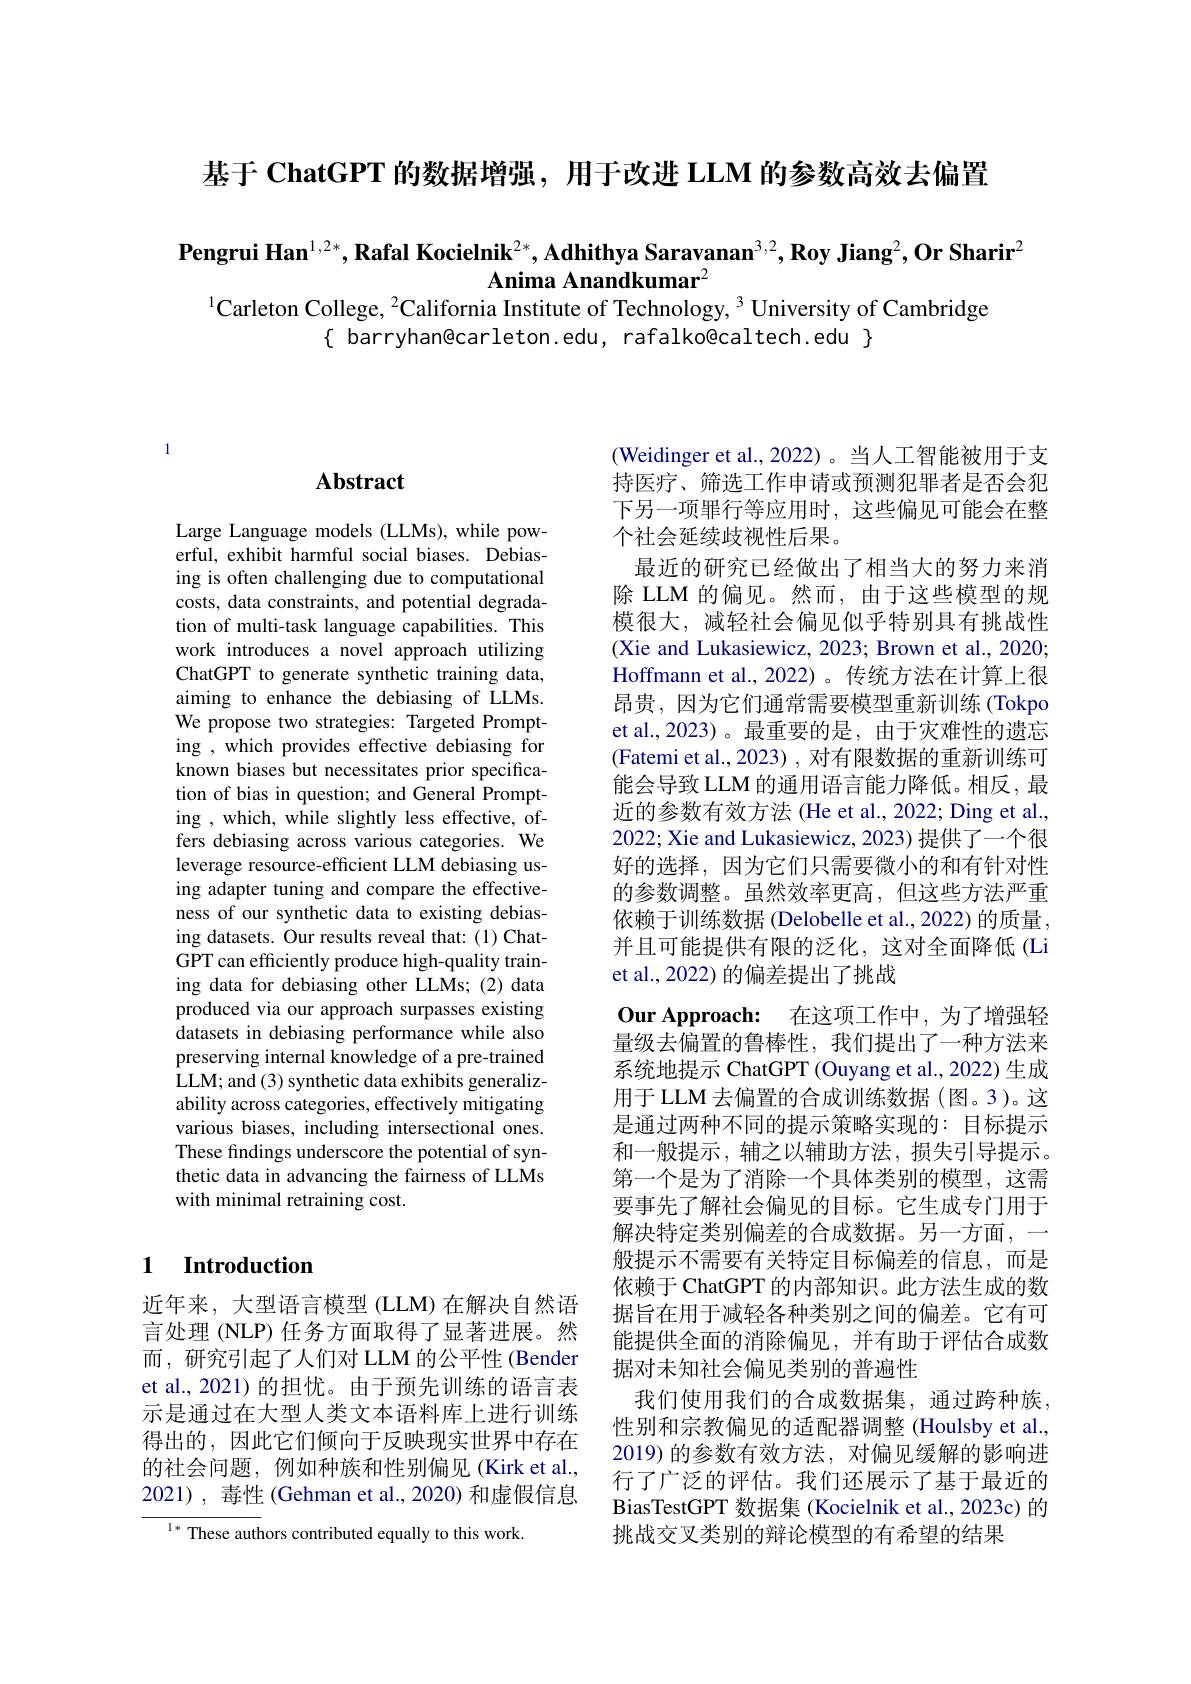
基于 ChatGPT 的数据增强，用于改进 LLM 的参数高效去偏置

Pengrui Han$^1,2*,\textbf{Rafal Kocielnik}^{2*},\textbf{Adhithya Saravanan}^{3,2},\textbf{Roy Jiang}^2,\textbf{Or Sharir}^2$
Anima Anandkumar$^{2}$
$^{1}$Carleton College, $^{2}$California Institute of Technology, $^{3}$ University of Cambridge

$\{$ barryhan@carleton.edu, rafalko@caltech.edu $\}$

### $\mathbf{Abstract}$

Large Language models (LLMs), while powerful, exhibit harmful social biases. Debiasing is often challenging due to computational costs, data constraints, and potential degradation of multi-task language capabilities. This work introduces a novel approach utilizing ChatGPT to generate synthetic training data, aiming to enhance the debiasing of LLMs. We propose two strategies: Targeted Prompting , which provides effective debiasing for known biases but necessitates prior specification of bias in question; and General Prompting , which, while slightly less effective, offers debiasing across various categories. We leverage resource-efficient LLM debiasing using adapter tuning and compare the effectiveness of our synthetic data to existing debiasing datasets. Our results reveal that: (1) ChatGPT can efficiently produce high-quality training data for debiasing other LLMs; (2) data produced via our approach surpasses existing datasets in debiasing performance while also preserving internal knowledge of a pre-trained LLM; and (3) synthetic data exhibits generalizability across categories, effectively mitigating various biases, including intersectional ones. These findings underscore the potential of synthetic data in advancing the fairness of LLMs with minimal retraining cost.

## 1 Introduction

近年来，大型语言模型 (LLM) 在解决自然语言处理 (NLP) 任务方面取得了显著进展。然而，研究引起了人们对 LLM 的公平性 (Bender et al., 2021) 的担忧。由于预先训练的语言表示是通过在大型人类文本语料库上进行训练得出的，因此它们倾向于反映现实世界中存在的社会问题，例如种族和性别偏见(Kirk et al., 2021), 毒性 (Gehman et al., 2020) 和虚假信息

${^{1*}\text{ These authors contributed equally to this work.}}$

(Weidinger et al., 2022)。当人工智能被用于支持医疗、筛选工作申请或预测犯罪者是否会犯下另一项罪行等应用时，这些偏见可能会在整个社会延续歧视性后果。
最近的研究已经做出了相当大的努力来消除 LLM 的偏见。然而，由于这些模型的规模很大，减轻社会偏见似乎特别具有挑战性(Xie and Lukasiewicz, 2023; Brown et al., 2020; Hoffmann et al.,2022)。传统方法在计算上很昂贵，因为它们通常需要模型重新训练 (Tokpo et al.,2023)。最重要的是，由于灾难性的遗忘(Fatemi et al., 2023) , 对有限数据的重新训练可能会导致 LLM 的通用语言能力降低。相反，最近的参数有效方法 (He et al., 2022; Ding et al., 2022; Xie and Lukasiewicz, 2023) 提供了一个很好的选择，因为它们只需要微小的和有针对性的参数调整。虽然效率更高，但这些方法严重依赖于训练数据 (Delobelle et al., 2022) 的质量， 并且可能提供有限的泛化，这对全面降低(Li et al., 2022) 的偏差提出了挑战
$\textbf{Our Approach: }$ 在这项工作中，为了增强轻量级去偏置的鲁棒性，我们提出了一种方法来系统地提示 ChatGPT (Ouyang et al., 2022) 生成用于 LLM 去偏置的合成训练数据 (图。3)。这是通过两种不同的提示策略实现的：目标提示和一般提示，辅之以辅助方法，损失引导提示。第一个是为了消除一个具体类别的模型，这需要事先了解社会偏见的目标。它生成专门用于解决特定类别偏差的合成数据。另一方面，一般提示不需要有关特定目标偏差的信息，而是依赖于 ChatGPT 的内部知识。此方法生成的数据旨在用于减轻各种类别之间的偏差。它有可能提供全面的消除偏见，并有助于评估合成数据对未知社会偏见类别的普遍性
我们使用我们的合成数据集，通过跨种族， 性别和宗教偏见的适配器调整 (Houlsby et al., 2019)的参数有效方法，对偏见缓解的影响进行了广泛的评估。我们还展示了基于最近的BiasTestGPT 数据集 (Kocielnik et al., 2023c) 的挑战交叉类别的辩论模型的有希望的结果